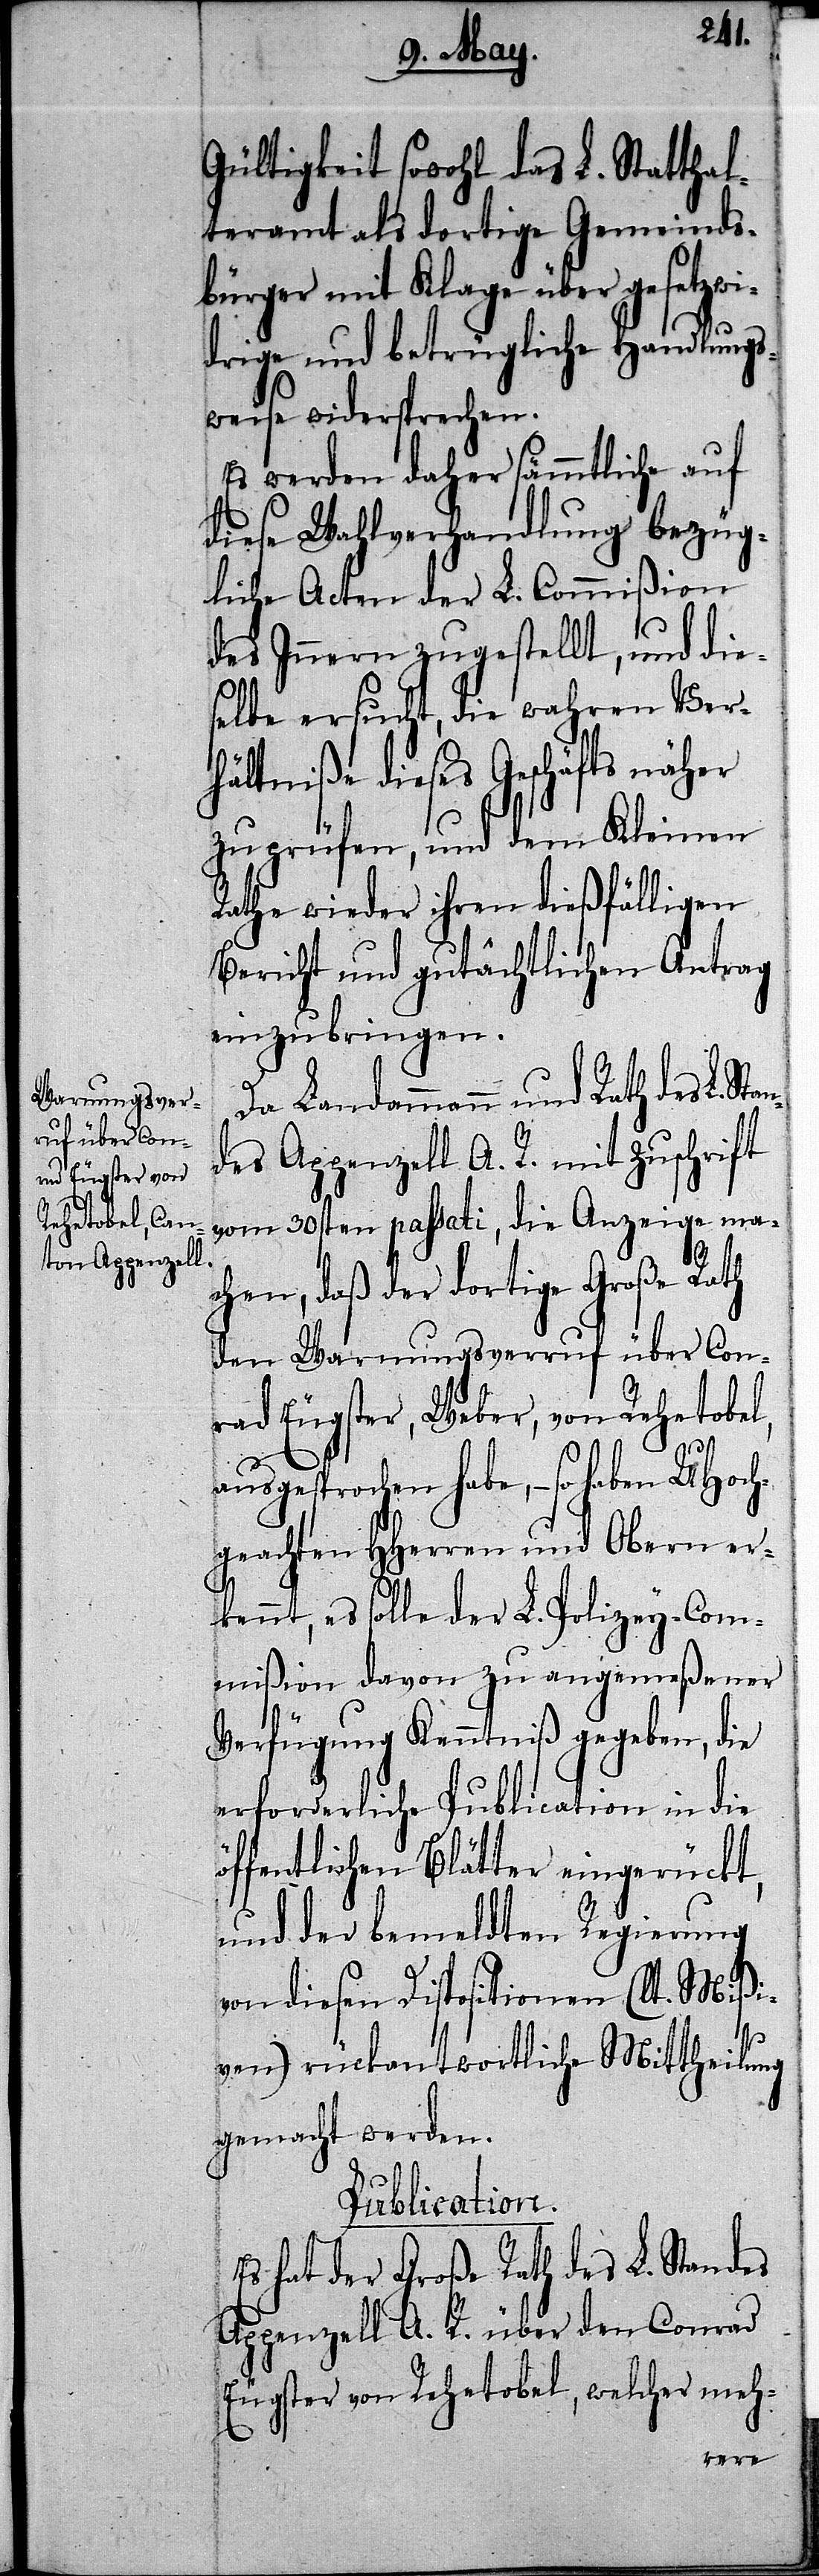
des L. Stan¬

Gültigkeit sowohl das L. Statthal¬
teramt als dortige Gemeinds¬
bürger mit Klage über gesetzwi¬
drige und betrügliche Handlungs¬
weise widersprechen.
Es werden daher sämmtliche auf
diese Wahlverhandlung bezüg¬
liche Acten der L. Commißion
des Innern zugestellt, und die¬
selbe ersucht, die wahren Ver¬
hältniße dieses Geschäfts näher
zu prüfen, und dem Kleinen
Rathe wieder ihren dießfälligen
Bericht und gutächtlichen Antrag
einzubringen.
Da Landammann und Rath
des Appenzell A. R. mit Zuschrift
vom 30sten passati, die Anzeige ma¬
chen, daß der dortige Große Rath
den Warnungsverruf über Con¬
rad Eugster, Weber, von Rehetobel,
ausgesprochen habe, – so haben UHoch¬
geachten HHerren und Obern er¬
kennt, es solle der L. Polizey-Com¬
mißion davon zu angemeßener
Verfügung Kenntniß gegeben, die
erforderliche Publication in die
öffentlichen Blätter eingerückt,
und der bemeldten Regierung
von diesen Dispositionen (lt. Mißi¬
ven) rückantwortliche Mittheilung
gemacht werden.
Publication.
Es hat der Große Rath des L. Standes
Appenzell A. R. über den Conrad
Eugster von Rehetobel, welcher meh-